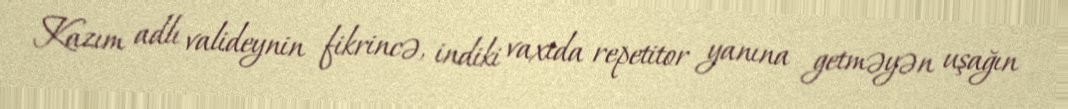
Kazım adlı valideynin fikrincə, indiki vaxtda repetitor yanına getməyən uşağın